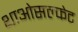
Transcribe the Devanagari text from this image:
थाओसल्फेट